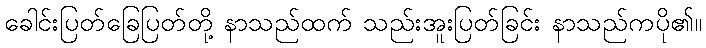
ခေါင်းပြတ်ခြေပြတ်တို့ နာသည်ထက် သည်းအူးပြတ်ခြင်း နာသည်ကပို၏။